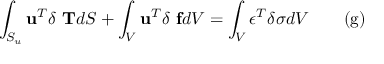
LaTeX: \int _ { S _ { u } } \mathbf { u } ^ { T } \delta \ \mathbf { T } d S + \int _ { V } \mathbf { u } ^ { T } \delta \ \mathbf { f } d V = \int _ { V } { \boldsymbol { \epsilon } } ^ { T } \delta { \boldsymbol { \sigma } } d V \qquad \mathrm { ( g ) }